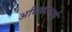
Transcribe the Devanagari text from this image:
अधिकारार्थ